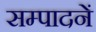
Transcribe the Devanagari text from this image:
सम्पादनें